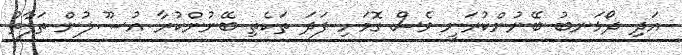
އަދި ދޯޅަނބު ބޭނުންކުރަނީ ވެސް ގޮމަށި ފަދަ ތަކެތި ބޭނުންކުރާ އުޞޫލުން ތަފާތު